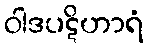
ဝါဒပဋိဟာရံ